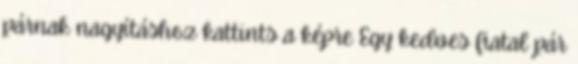
párnak nagyításhoz kattints a képre Egy kedves fiatal pár